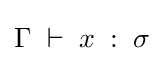
\Gamma \;\vdash \;x\;:\;\sigma